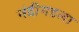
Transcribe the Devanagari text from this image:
नंदीगडला